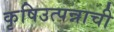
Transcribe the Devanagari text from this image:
कृषिउत्पन्नाची